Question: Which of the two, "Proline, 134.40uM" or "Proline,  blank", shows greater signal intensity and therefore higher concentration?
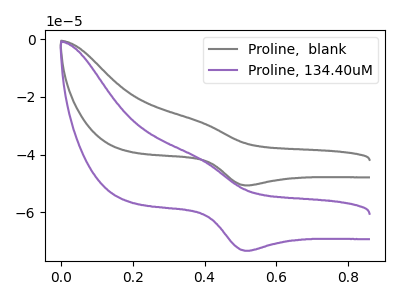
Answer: <think>The gray curve "Proline,  blank" has an anodic peak at (0.40V, -28.40uA) and a cathodic peak at (0.50V, -50.65uA). The purple curve "Proline, 134.40uM" has an anodic peak at (0.40V, -41.10uA) and a cathodic peak at (0.50V, -73.30uA).
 All the peaks in "Proline, 134.40uM" have a peak in "Proline,  blank" at the same potential.</think>
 <answer>I cant tell if "Proline, 134.40uM" or "Proline,  blank" has higher concentration.</answer>
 <eval>mixed_concentration</eval>